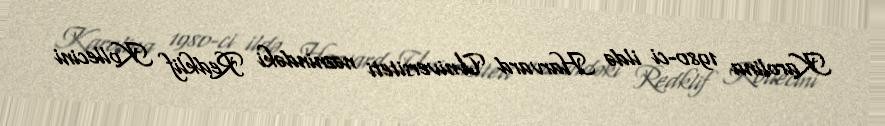
Karolina 1980-ci ildə Harvard Universiteti nəznindəki Redklif Kollecini